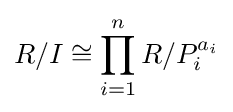
R/I\cong \prod _{i=1}^{n}R/P_{i}^{a_{i}}